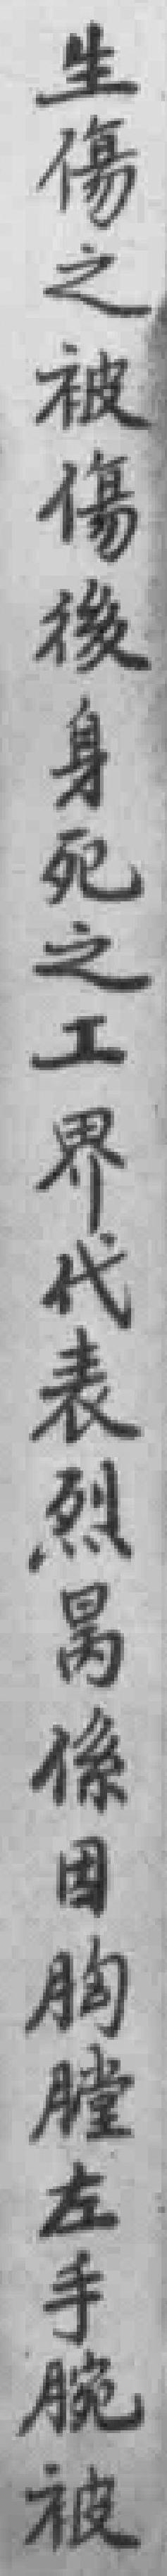
生傷之被傷後身死之工界代表烈昺係因胸膛左手腕